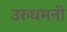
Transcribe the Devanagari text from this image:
उरुधमनी